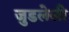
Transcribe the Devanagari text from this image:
जुडलेली